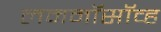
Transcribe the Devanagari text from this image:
लमनॉसॉव्ह